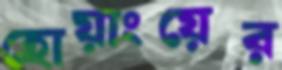
হোয়াংয়ের